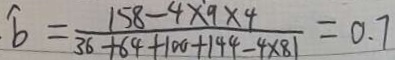
\widehat { b } = \frac { 1 5 8 - 4 \times 9 \times 4 } { 3 6 + 6 4 + 1 0 0 + 1 4 4 - 4 \times 8 1 } = 0 . 7